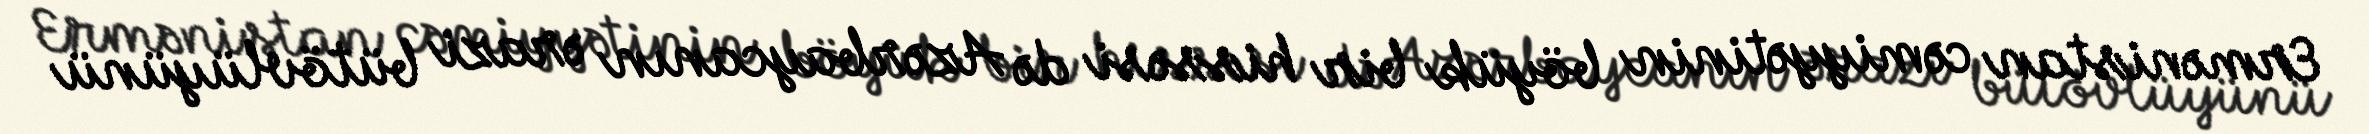
Ermənistan cəmiyyətinin böyük bir hissəsi də Azərbaycanın ərazi bütövlüyünü